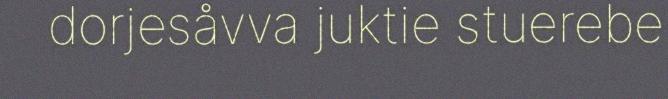
dorjesåvva juktie stuerebe